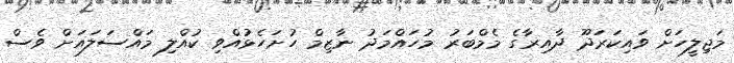
މަޖިލީހަށް ވައިކަރަދޫ ދާއިރާގެ މެމްބަރު މުހައްމަދު ނާޒިމް ހުށަހެޅުއްވި ކުއްލި މައްސަލައަށް ވެސް